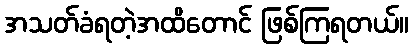
အသတ်ခံရတဲ့အထိတောင် ဖြစ်ကြရတယ်။